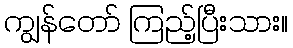
ကျွန်တော် ကြည့်ပြီးသား။